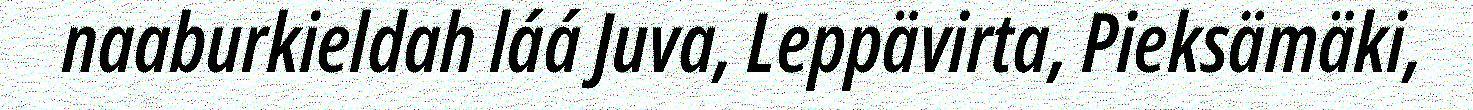
naaburkieldah láá Juva, Leppävirta, Pieksämäki,